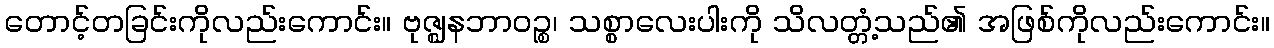
တောင့်တခြင်းကိုလည်းကောင်း။ ဗုဇ္ဈနဘာဝဉ္စ၊ သစ္စာလေးပါးကို သိလတ္တံ့သည်၏ အဖြစ်ကိုလည်းကောင်း။